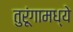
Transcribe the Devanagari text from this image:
तुरूंगामध्ये